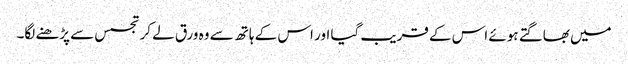
میں بھاگتے ہوئے اس کے قریب گیا اور اس کے ہاتھ سے وہ ورق لے کر تجسس سے پڑھنے لگا۔